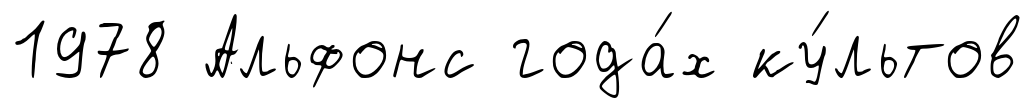
1978 Альфонс года́х ку́льтов